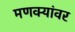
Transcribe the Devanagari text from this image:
मणक्यांवर